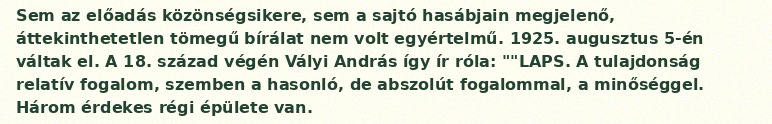
Sem az előadás közönségsikere, sem a sajtó hasábjain megjelenő, áttekinthetetlen tömegű bírálat nem volt egyértelmű. 1925. augusztus 5-én váltak el. A 18. század végén Vályi András így ír róla: ""LAPS. A tulajdonság relatív fogalom, szemben a hasonló, de abszolút fogalommal, a minőséggel. Három érdekes régi épülete van.